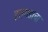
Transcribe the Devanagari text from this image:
हतगडाचा